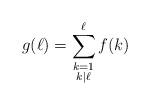
LaTeX: \begin{align*}g(\ell) = \sum_{\substack{ k= 1 \\ k|\ell}}^{\ell} f(k)\end{align*}